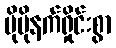
ပိုမိုနက်ရှိုင်းစွာ